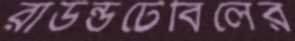
রাউন্ডটেবিলের